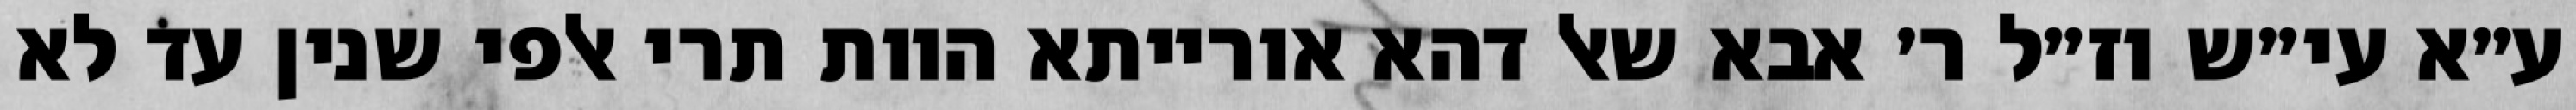
ע״א עי״ש וז״ל ר׳ אבא שאל דהא אורייתא הוות תרי אלפי שנין עד לא